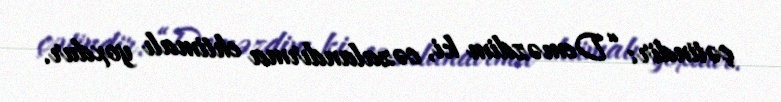
çətindir: “Deməzdim ki, cəzalandırma ehtimalı yoxdur.